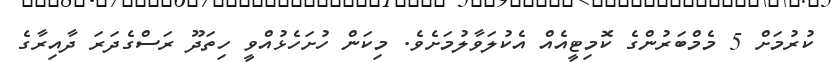
ކުރުމަށް 5 މެމްބަރުންގެ ކޮމިޓީއެއް އެކުލަވާލުމަށެވެ. މިކަން ހުށަހެޅުއްވީ ހިތަދޫ ރަސްގެދަރަ ދާއިރާގެ